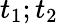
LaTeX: t_{1};t_{2}